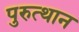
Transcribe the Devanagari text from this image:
पुरुत्थान